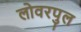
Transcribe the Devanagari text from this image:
लोवरपुल